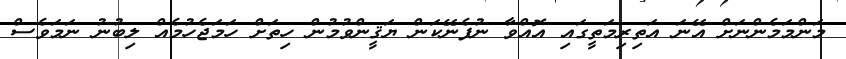
މަންމަމެންނަށް އޭނަ އަތިރިމަތީގައި އޮއްވާ ނުފެނޭކަން ޔަޤީންވުމުން ހިތަށް ހަމަޖެހުމެއް ލިބުނު ނަމަވެސް